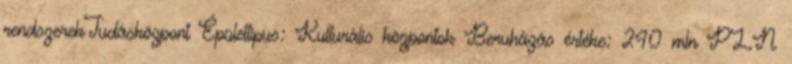
rendszerekTudásközpont Épülettípus: Kulturális központok Beruházás értéke: 240 mln PLN